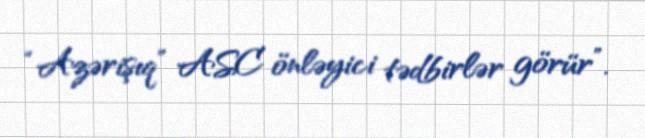
“Azərişıq” ASC önləyici tədbirlər görür”.